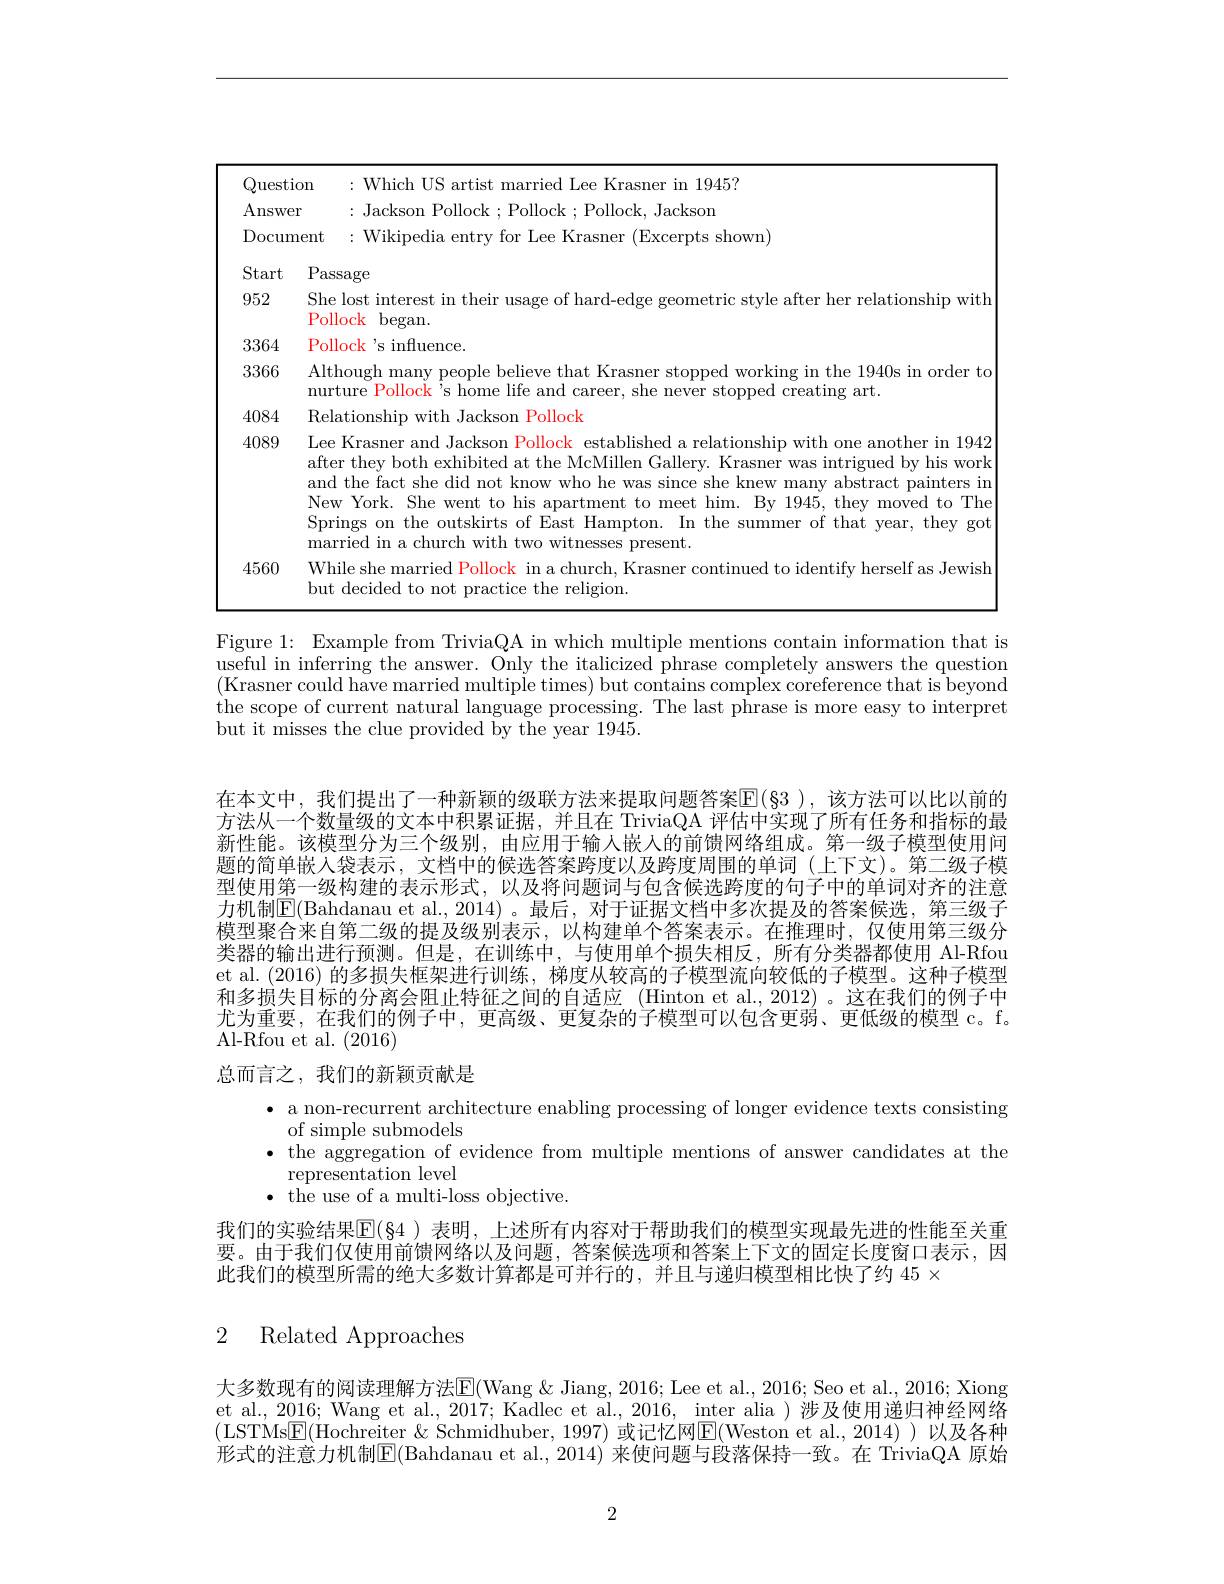
<table>
	<tbody>
		<tr>
			<td>Question</td>
			<td>:Which US artis ried Lee Kras ST ner in 1945? </td>
		</tr>
		<tr>
			<td>Answer</td>
			<td>:Jackson Pollock; Pollock; Pollock, Jackson</td>
		</tr>
		<tr>
			<td>Docume</td>
			<td>:Wikipedia entry for Lee Krasner (Excerpts shown)</td>
		</tr>
		<tr>
			<td>Start</td>
			<td>${\mathrm{assage}}$</td>
		</tr>
		<tr>
			<td>952</td>
			<td>he lost interest in their usage of hard-edge geometric style after her relationship with ollock ${\mathrm{~began}}$</td>
		</tr>
		<tr>
			<td>3364</td>
			<td>ollock $\mathrm{~,}_{\mathrm{S~influence.}}$</td>
		</tr>
		<tr>
			<td>3366</td>
			<td>lthough many people believe that Krasner stopped working in the 1940s in order to urture Pollock 's home life and career. she never stopped creating art</td>
		</tr>
		<tr>
			<td>4084</td>
			<td>alations with Jackson Pollock</td>
		</tr>
		<tr>
			<td>4089</td>
			<td>ee Krasner and Jackson Pollock established a relationship with one another in 1942 fter they both exhibited at the McMillen Gallery. Krasner was intrigued by his work nd the fact she did not know who he was since she knew many abstract painters in prings on the outskirts of East Hampton. In the summer of that year, they got [ ew York. She went to his apartment to meet him. By 1945, they moved to The urried in a church with two witnesses present</td>
		</tr>
		<tr>
			<td>4560</td>
			<td>Vhile she married Pollock in a church, Krasner continued to identify herself as Jewish ut decided to not practice the religion</td>
		</tr>
	</tbody>
</table>

Figure 1: Example from TriviaQA in which multiple mentions contain information that is useful in inferring the answer. Only the italicized phrase completely answers the question (Krasner could have married multiple times) but contains complex coreference that is beyond the scope of current natural language processing. The last phrase is more easy to interpret but it misses the clue provided by the year 1945.

在本文中，我们提出了一种新颖的级联方法来提取问题答案$\mathbb{E}(\S$3 ),该方法可以比以前的方法从一个数量级的文本中积累证据，并且在 TriviaQA 评估中实现了所有任务和指标的最新性能。该模型分为三个级别，由应用于输人嵌入的前馈网络组成。第一级子模型使用问题的简单嵌人袋表示，文档中的候选答案跨度以及跨度周围的单词(上下文)。第二级子模型使用第一级构建的表示形式，以及将问题词与包含候选跨度的句子中的单词对齐的注意力机制$\mathbb{E}($Bahdanau et al.,2014) 。最后，对于证据文档中多次提及的答案候选，第三级子模型聚合来自第二级的提及级别表示，以构建单个答案表示。在推理时，仅使用第三级分类器的输出进行预测。但是，在训练中，与使用单个损失相反，所有分类器都使用 Al-Rfou et al. (2016) 的多损失框架进行训练，梯度从较高的子模型流向较低的子模型。这种子模型和多损失目标的分离会阻止特征之间的自适应 (Hinton et al.,2012)。这在我们的例子中尤为重要，在我们的例子中，更高级、更复杂的子模型可以包含更弱、更低级的模型 c。f。Al-Rfou et al. (2016)

总而言之，我们的新颖贡献是

· a non-recurrent architecture enabling processing of longer evidence texts consisting
of simple submodels
$\bullet$ the aggregation of evidence from multiple mentions of answer candidates at the
representation level
$\bullet$ the use of a multi-loss objective.
我们的实验结果$\mathbb{E}(\S$4 )表明，上述所有内容对于帮助我们的模型实现最先进的性能至关重要。由于我们仅使用前馈网络以及问题，答案候选项和答案上下文的固定长度窗口表示，因此我们的模型所需的绝大多数计算都是可并行的，并且与递归模型相比快了约$45\times$

## 2 Related Approaches

大多数现有的阅读理解方法E(Wang &Jiang, 2016; Lee et al., 2016; Seo et al., 2016; Xiong et al., 2016; Wang et al., 2017; Kadlec et al., 2016, inter alia ) 涉及使用递归神经网络(LSTMs$\boxed{\mathrm{E}}($Hochreiter & Schmidhuber, 1997) 或记忆网$\boxed{\mathrm{E}}($Weston et al.,2014))以及各种形式的注意力机制$\boxed{\mathrm{F}}($Bahdanau et al.,2014) 来使问题与段落保持一致。在 TriviaQA 原始

2